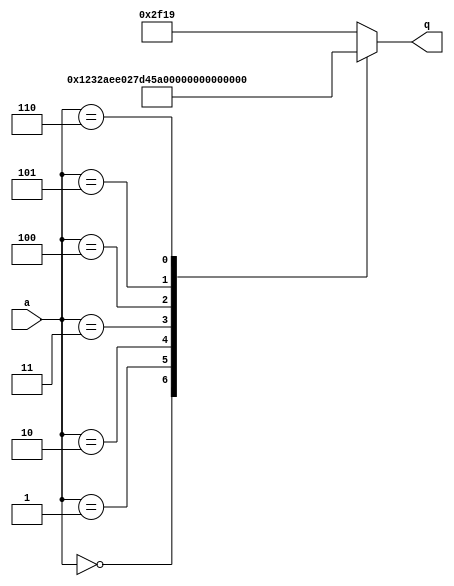
//
//
// https://hdlbits.01xz.net/wiki/Sim/circuit6
//
//

`default_nettype none

module top_module (
    input   [2:0]   a,
    output  [15:0]  q
);

    reg     [15:0]  r;
    always @(*) begin
        case (a)
        3'd0    : r = 16'h1232;
        3'd1    : r = 16'haee0;
        3'd2    : r = 16'h27d4;
        3'd3    : r = 16'h5a0e;
        3'd4    : r = 16'h2066;
        3'd5    : r = 16'h64ce;
        3'd6    : r = 16'hc526;
        // 3'd7
        default : r = 16'h2f19;
        endcase
    end

    assign q = r;

endmodule